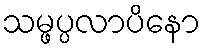
သမ္ဖပ္ပလာပိနော